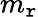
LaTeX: m_{\mathtt{r}}